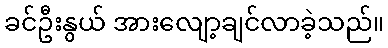
ခင်ဦးနွယ် အားလျော့ချင်လာခဲ့သည်။